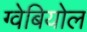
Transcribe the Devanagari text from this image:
ग्वेबियोल